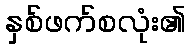
နှစ်ဖက်စလုံး၏